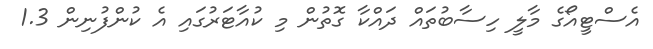
އެސްޓީއޯގެ މާލީ ހިސާބުތައް ދައްކާ ގޮތުން މި ކުއާޓަރުގައި އެ ކުންފުނިން 1.3